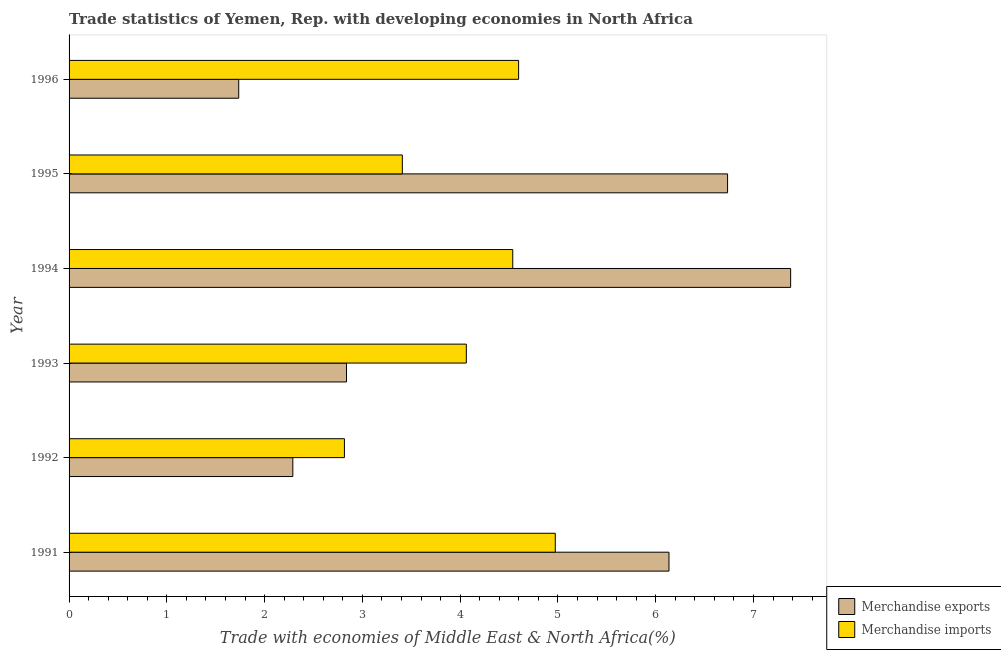
| Year | Merchandise exports | Merchandise imports |
 | --- | --- | --- |
 | 1991 | 6.14 | 4.97 |
 | 1992 | 2.29 | 2.82 |
 | 1993 | 2.84 | 4.06 |
 | 1994 | 7.38 | 4.54 |
 | 1995 | 6.73 | 3.41 |
 | 1996 | 1.74 | 4.6 |